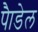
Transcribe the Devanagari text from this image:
पैाडेल